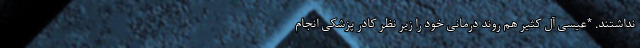
نداشتند. *عیسی آل کثیر هم روند درمانی خود را زیر نظر کادر پزشکی انجام